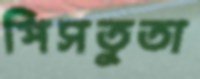
পিসতুতা